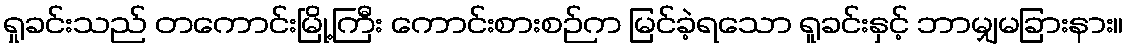
ရှုခင်းသည် တကောင်းမြို့ကြီး ကောင်းစားစဉ်က မြင်ခဲ့ရသော ရူခင်းနှင့် ဘာမျှမခြားနား။